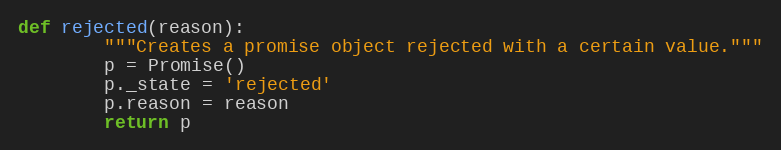
Language: Python
def rejected(reason):
        """Creates a promise object rejected with a certain value."""
        p = Promise()
        p._state = 'rejected'
        p.reason = reason
        return p